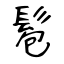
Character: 髱